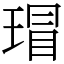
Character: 瑁